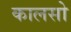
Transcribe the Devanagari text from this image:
कालसो